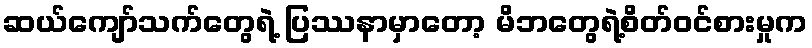
ဆယ်ကျော်သက်တွေရဲ့ ပြဿနာမှာတော့ မိဘတွေရဲ့စိတ်ဝင်စားမှုက